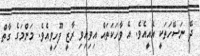
ދޭ ނަސޭހަތަކީ އެއީއެވެ. އެ ވާހަކަތައް އިވިއިވި ރާޒީ ފޫހިވީއެވެ. މަންމަގެ ގާތް